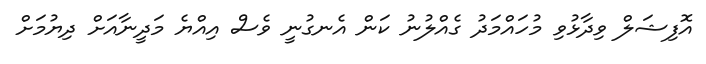
އޮފިޝަލް ވިދާޅުވި މުހައްމަދު ގެއްލުނު ކަން އެނގުނީ ވެސް އިއްޔެ މަދީނާއަށް ދިޔުމަށް